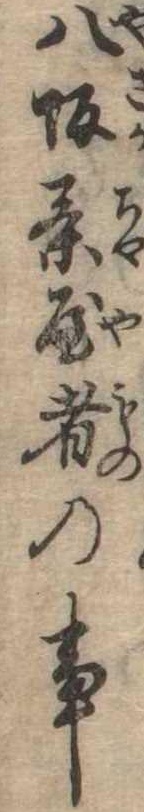
八坂茶屋者の事